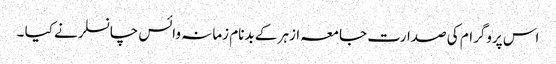
اس پروگرام کی صدارت جامعہ ازہر کے بدنام زمانہ وائس چانسلر نے کیا ۔